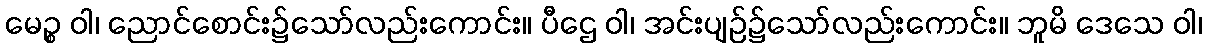
မေဉ္စ ဝါ၊ ညောင်စောင်း၌သော်လည်းကောင်း။ ပီဌေ ဝါ၊ အင်းပျဉ်၌သော်လည်းကောင်း။ ဘူမိ ဒေသေ ဝါ၊